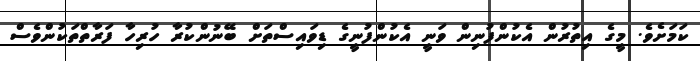
ކަމަށެވެ. މީގެ އިތުރުން އެކުންފުނިން ވަނީ އެކުންފުނީގެ ޑިވައިސްތަށް ބޭނުންކުރާ ހުރިހާ ފަރާތްތަކުންވެސް